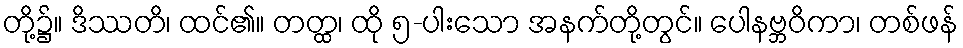
တို့၌။ ဒိဿတိ၊ ထင်၏။ တတ္ထ၊ ထို ၅-ပါးသော အနက်တို့တွင်။ ပေါနဗ္ဘဝိကာ၊ တစ်ဖန်